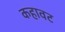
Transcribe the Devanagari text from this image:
कहावट